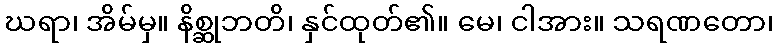
ဃရာ၊ အိမ်မှ။ နိစ္ဆုဘတိ၊ နှင်ထုတ်၏။ မေ၊ ငါအား။ သရဏတော၊